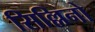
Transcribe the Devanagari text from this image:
सिल्लिनो